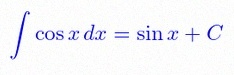
\int \cos x\,dx=\sin x+C